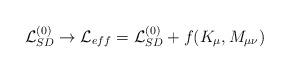
LaTeX: \begin{align*}{\cal L}_{SD}^{(0)} \to {\cal L}_{eff}= {\cal L}_{SD}^{(0)} + f(K_\mu , M_{\mu\nu})\end{align*}